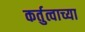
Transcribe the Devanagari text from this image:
कर्तुत्वाच्या